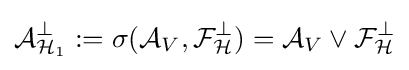
{\mathcal {A}}_{{\mathcal {H}}_{1}}^{\perp }:=\sigma ({\mathcal {A}}_{V},{\mathcal {F}}_{\mathcal {H}}^{\perp })={\mathcal {A}}_{V}\vee {\mathcal {F}}_{\mathcal {H}}^{\perp }